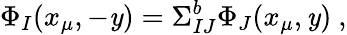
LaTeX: \Phi_{I}(x_{\mu},-\mathit{y})=\Sigma_{IJ}^{b}\Phi_{J}(x_{\mu},\mathit{y})~,